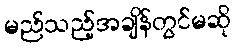
မည်သည့်အချိန်တွင်မဆို